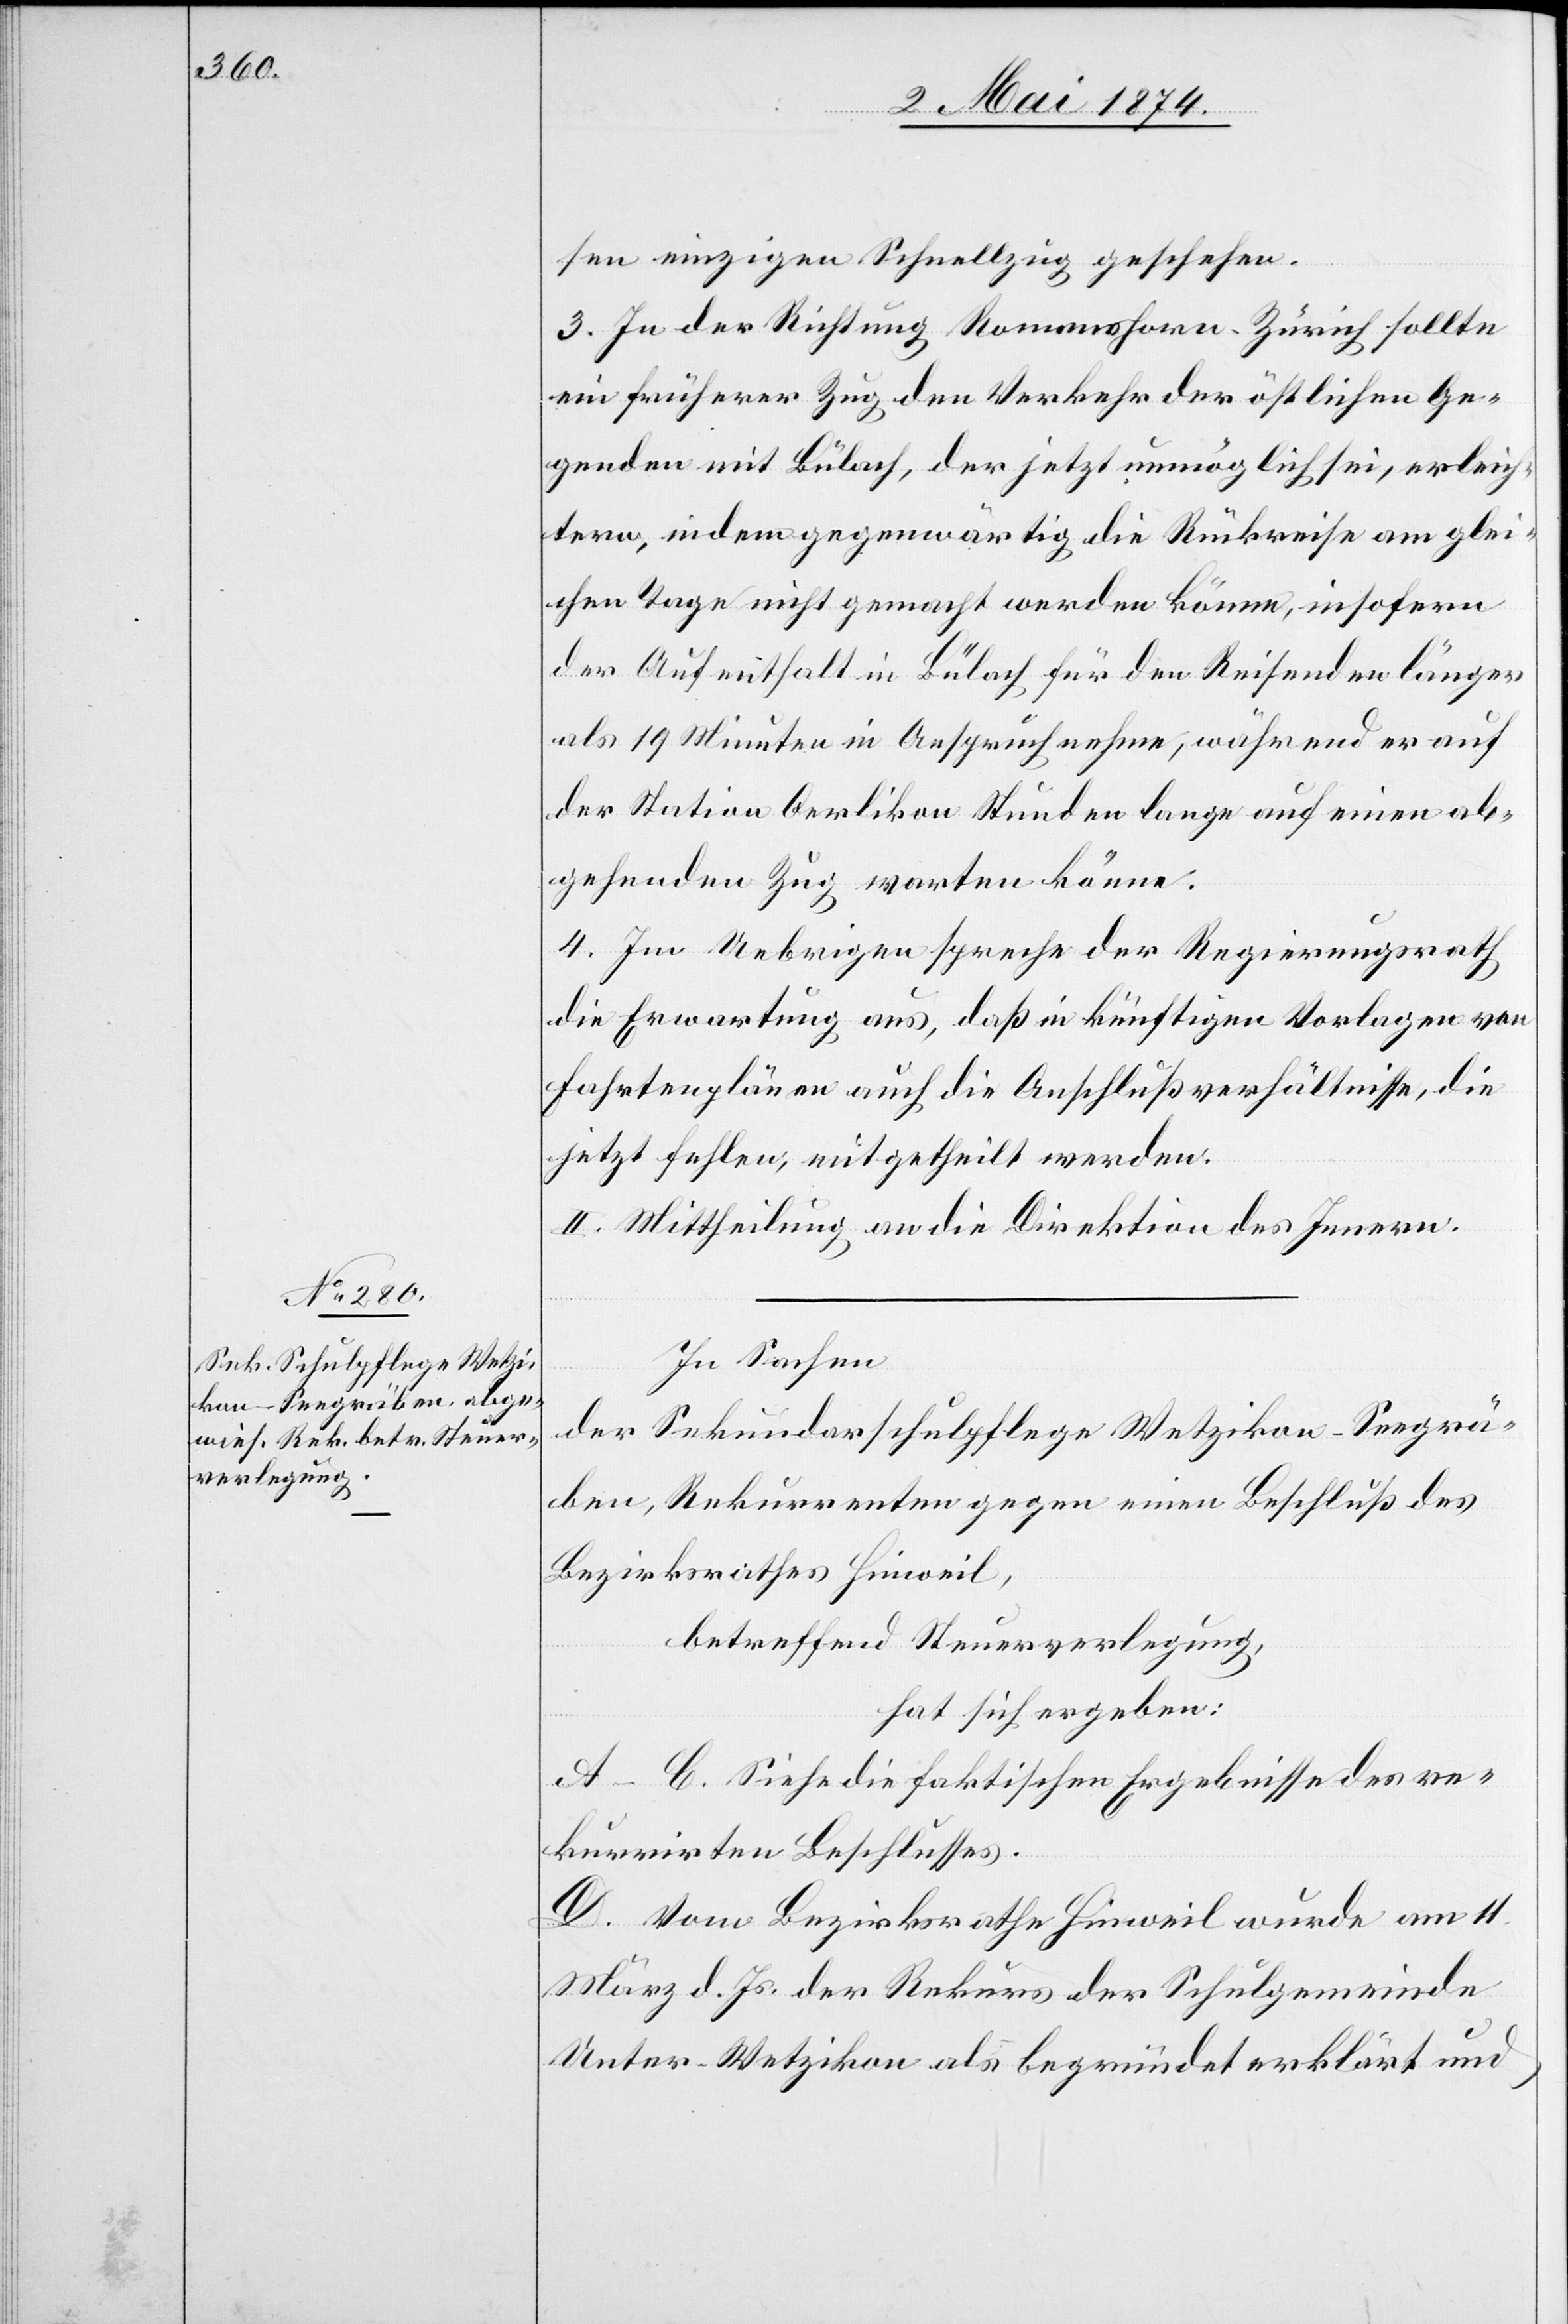
sen einzigen Schnellzug geschehen.
3. In der Richtung Romanshorn-Zürich sollte
ein früherer Zug den Verkehr der östlichen Ge¬
genden mit Bülach, der jetzt unmöglich sei, erleich¬
tern, indem gegenwärtig die Rückreise am glei¬
chen Tage nicht gemacht werden könne, insofern
der Aufenthalt in Bülach für den Reisenden länger
als 19 Minuten in Anspruch nehme, während er auf
der Station Oerlikon Stunden lange auf einen ab¬
gehenden Zug warten könne.
4. Im Uebrigen spreche der Regierungsrath
die Erwartung aus, daß in künftigen Vorlagen von
Fahrtenplänen auch die Anschlußverhältnisse, die
jetzt fallen, mitgetheilt werden.
II. Mittheilung an die Direktion des Innern.
In Sachen
der Sekundarschulpflege Wetzikon-Seegrä¬
ben, Rekurrenten gegen einen Beschluß des
Bezirksrathes Hinweil,
betreffend Steuerverlegung,
hat sich ergeben:
A–C. Siehe die faktischen Ergebnisse des re¬
kurrirten Beschlusses.
D. Vom Bezirksrathe Hinweil wurde am 11.
März d. Js. der Rekurs der Schulgemeinde
Unter-Wetzikon als begründet erklärt und